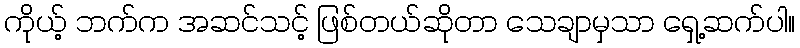
ကိုယ့် ဘက်က အဆင်သင့် ဖြစ်တယ်ဆိုတာ သေချာမှသာ ရှေ့ဆက်ပါ။